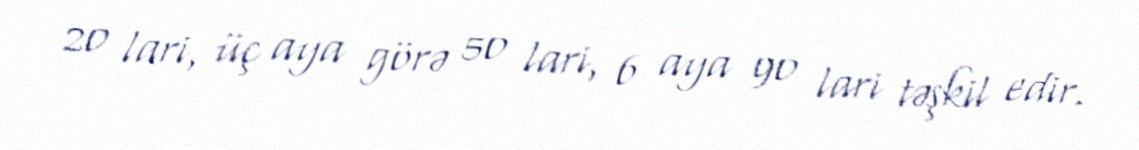
20 lari, üç aya görə 50 lari, 6 aya 90 lari təşkil edir.